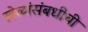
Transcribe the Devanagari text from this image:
खेळांसंबधीची